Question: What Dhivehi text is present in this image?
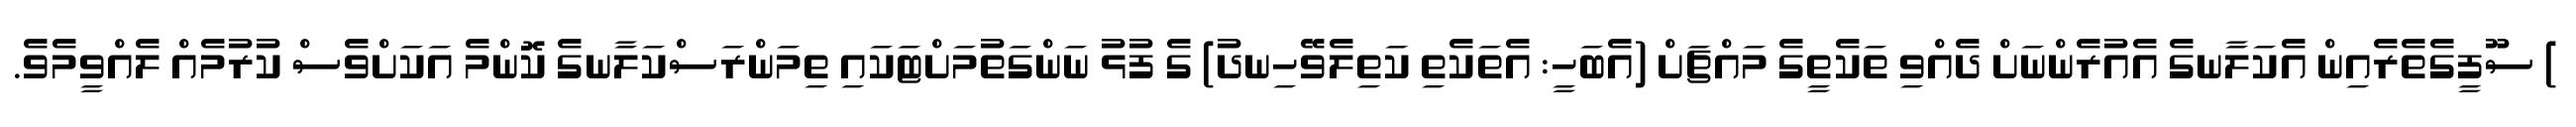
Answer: ) ސޫފީގެތެރެއިން އެކަލާނގެ އެއުރެންނަށް ދެއްވި ތަކެތީގެ މައްޗަށް (އެބަހީ: އެތަކެތި ކަތިލެވޭހިނދު) ގެ ފުޅު ނަންގަތުމަށްޓަކައި ތިމަންރަސްކަލާނގެ ކޮންމެ އަކަށްވެސް ކުރުމެއް ލެއްވީމެވެ.